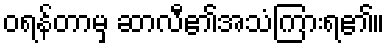
ဝရန်တာမှ ဆာလီ၏အသံကြားရ၏။